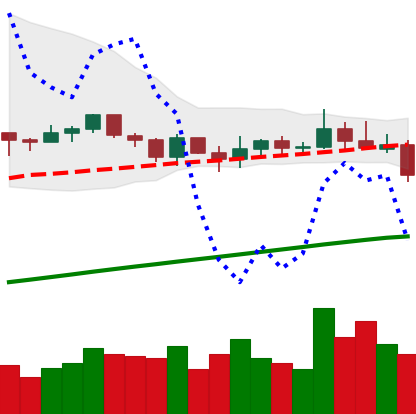
Ticker: XLM-USD
Chart end date: 2021-03-24
Forward return: 10.646%
Label: up_7plus